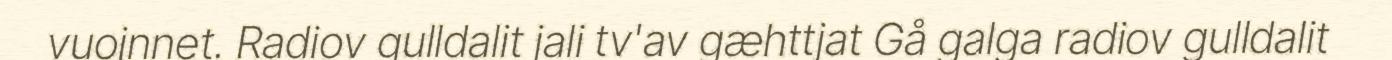
vuojnnet. Radiov gulldalit jali tv'av gæhttjat Gå galga radiov gulldalit